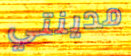
مدينتي